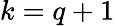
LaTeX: k=q+1